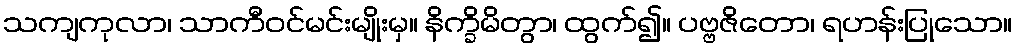
သကျကုလာ၊ သာကီဝင်မင်းမျိုးမှ။ နိက္ခိမိတွာ၊ ထွက်၍။ ပဗ္ဗဇိတော၊ ရဟန်းပြုသော။